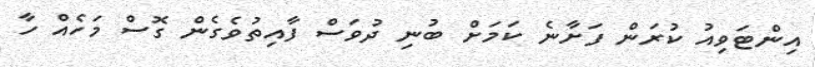
އިންޓަވިއު ކުރަން ފަށާނެ ކަމަށް ބުނި ދުވަސް ފާއިތުވެގެން ގޮސް މަހެއް ހާ